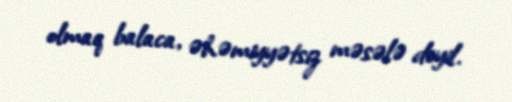
olmaq balaca, əhəmiyyətsiz məsələ deyil.